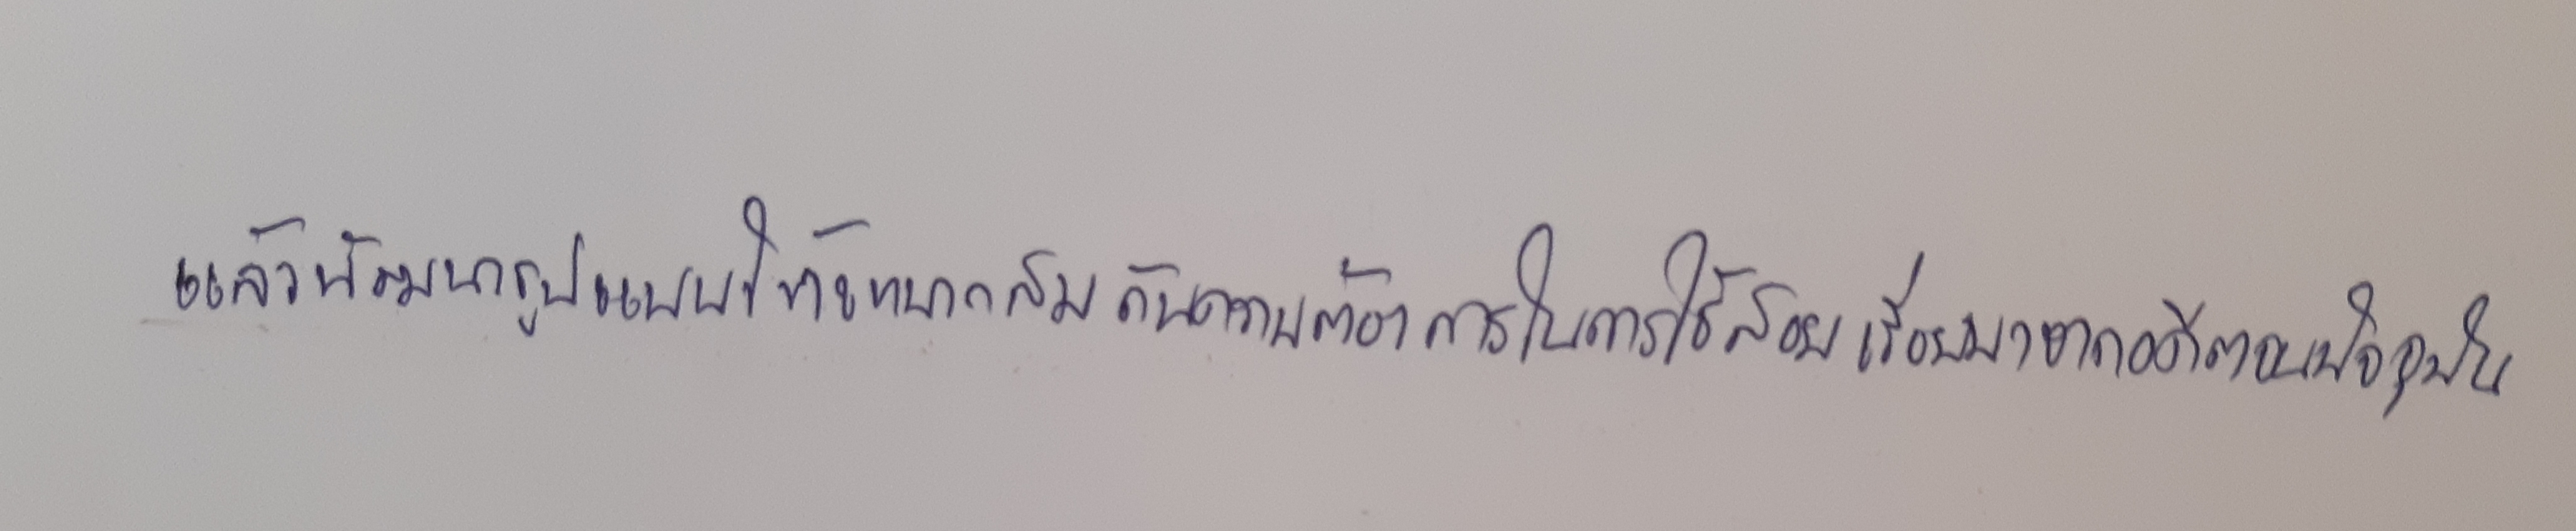
แล้วพัฒนารูปแบบให้เหมาะสมกับความต้องการในการใช้สอยเรื่อยมาจากอดีตจนปัจจุบัน